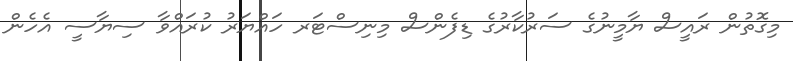
މިގޮތުން ރައީސް ޔާމީނުގެ ސަރުކާރުގެ ޑިފެންސް މިނިސްޓަރ ހައްޔަރު ކުރައްވާ ސިޔާސީ އެހެން